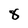
Character: 8